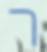
ר